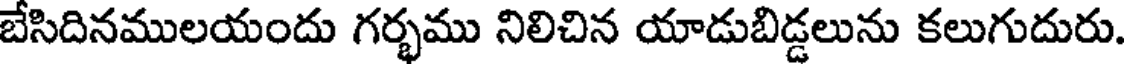
బేసిదినములయందు గర్భము నిలిచిన యాడుబిడ్డలును కలుగుదురు